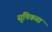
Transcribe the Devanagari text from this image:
सुपिकता